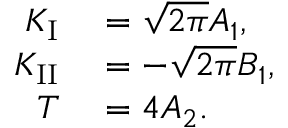
\begin{array} { r l } { K _ { \mathrm { I } } } & { { } = \sqrt { 2 \pi } A _ { 1 } , } \\ { K _ { \mathrm { I I } } } & { { } = - \sqrt { 2 \pi } B _ { 1 } , } \\ { T } & { { } = 4 A _ { 2 } . } \end{array}